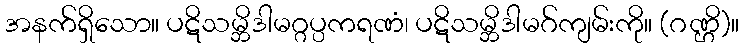
အနက်ရှိသော။ ပဋိသမ္ဘိဒါမဂ္ဂပ္ပကရဏံ၊ ပဋိသမ္ဘိဒါမဂ်ကျမ်းကို။ (ဂဏ္ဌိ)။